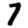
Digit: 7